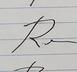
Signature authenticity: forged